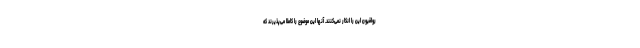
رواقیون این را انکار نمی‌کنند. آنها این موضوع را کاملا می‌پذیرند که